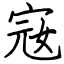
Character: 宼